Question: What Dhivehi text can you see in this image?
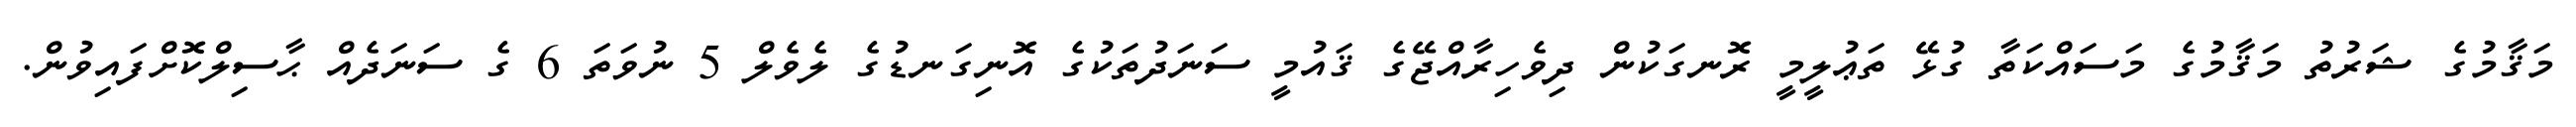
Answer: މަޤާމުގެ ޝަރުތު މަޤާމުގެ މަސައްކަތާ ގުޅޭ ތަޢުލީމީ ރޮނގަކުން ދިވެހިރާއްޖޭގެ ޤައުމީ ސަނަދުތަކުގެ އޮނިގަނޑުގެ ލެވެލް 5 ނުވަތަ 6 ގެ ސަނަދެއް ޙާސިލްކޮށްފައިވުން.